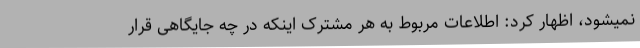
نمیشود، اظهار کرد: اطلاعات مربوط به هر مشترک اینکه در چه جایگاهی قرار